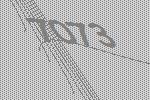
7073